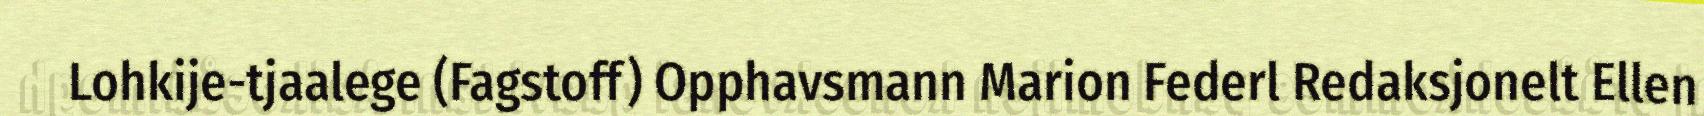
Lohkije-tjaalege (Fagstoff) Opphavsmann Marion Federl Redaksjonelt Ellen